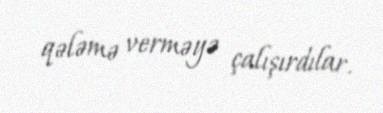
qələmə verməyə çalışırdılar.